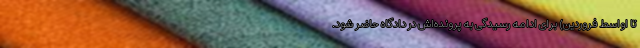
تا اواسط فروردین) برای ادامه رسیدگی به پرونده‌اش در دادگاه حاضر شود.